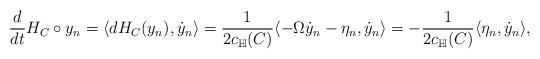
LaTeX: \begin{align*}\frac{d}{dt} H_C\circ y_n = \langle dH_C(y_n),\dot{y}_n \rangle = \frac{1}{2c_{\mathbb{H}}(C)} \langle - \Omega \dot{y}_n - \eta_n, \dot{y}_n \rangle = - \frac{1}{2c_{\mathbb{H}}(C)} \langle \eta_n, \dot{y}_n \rangle,\end{align*}